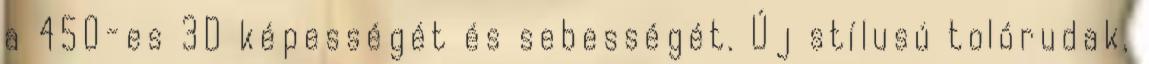
a 450-es 3D képességét és sebességét. Új stílusú tolórudak,